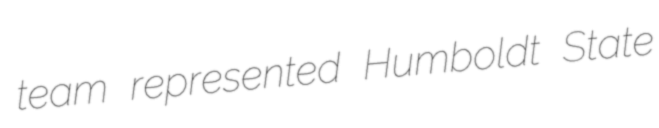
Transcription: team represented Humboldt State